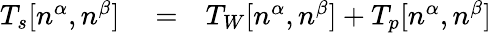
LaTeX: \begin{array}{rlr}{T_{s}[n^{\alpha},n^{\beta}]}&{{}=}&{T_{W}[n^{\alpha},n^{\beta}]+T_{p}[n^{\alpha},n^{\beta}]}\end{array}